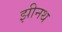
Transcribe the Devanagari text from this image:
झीनथ